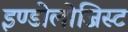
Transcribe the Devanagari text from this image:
इण्डोलोजिस्ट